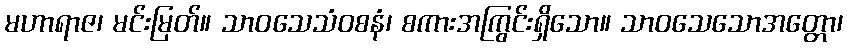
မဟာရာဇ၊ မင်းမြတ်။ သာဝသေသံဝစနံ၊ စကားအကြွင်းရှိသော။ သာဝသေသောအတ္တော၊